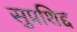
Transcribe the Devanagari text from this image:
सुप्रशिद्द